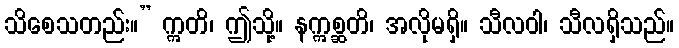
သိစေသတည်း။” ဣတိ၊ ဤသို့။ နဣစ္ဆတိ၊ အလိုမရှိ။ သီလဝါ၊ သီလရှိသည်။